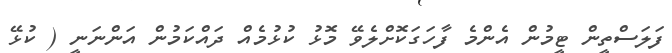
ފަލަސްތީން ޓީމުން އެންމެ ފާހަގަކޮށްލެވޭ މޮޅު ކުޅުމެއް ދައްކަމުން އަންނަނީ ( ކުޅޭ